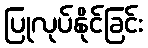
ပြုလုပ်နိုင်ခြင်း